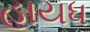
હાયધ